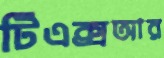
টিএক্সআর